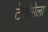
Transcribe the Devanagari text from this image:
टेकोमेला